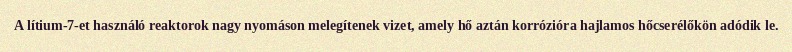
A lítium-7-et használó reaktorok nagy nyomáson melegítenek vizet, amely hő aztán korrózióra hajlamos hőcserélőkön adódik le.